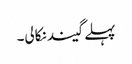
پہلے گیند نکالی۔